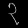
Digit: ၃